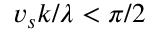
v _ { s } k / \lambda < \pi / 2